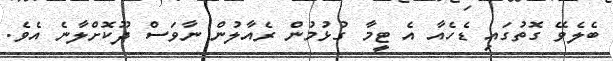
ބެލެވޭ ގޮތުގައި ޑެހެއާ އެ ޓީމާ ގުޅުމުން ރެއާލުން ނާވަސް ދޫކޮށްލާނެ އެވެ.